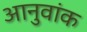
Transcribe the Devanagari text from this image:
आनुवांक